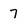
Character: 7